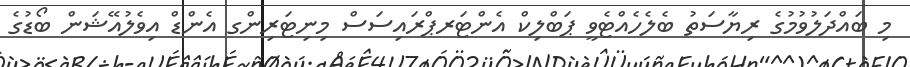
މި ބައްދަލުވުމުގެ ރިޔާސަތު ބެލެހެއްޓެވީ ޕަބްލިކް އެންޓަރޕްރައިސަސް މިނިޓަރިންގ އެންޑް އިވެލުއޭޝަން ބޯޑުގެ